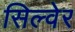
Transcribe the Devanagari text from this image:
सिल्वेर